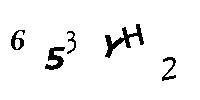
653YH2